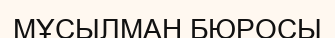
МҰСЫЛМАН БЮРОСЫ